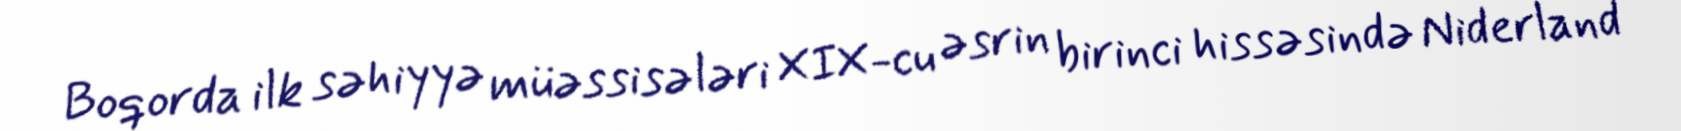
Boqorda ilk səhiyyə müəssisələri XIX-cu əsrin birinci hissəsində Niderland